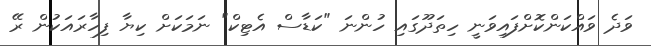
ވަދެ ވައްކަންކޮށްފައިވަނީ ހިތަދޫގައި ހުންނަ "ކަޑާސް އެޓިކް" ނަމަކަށް ކިޔާ ފިހާރައަކުން ރޭ